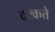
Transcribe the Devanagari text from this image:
दरकते